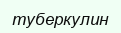
туберкулин